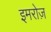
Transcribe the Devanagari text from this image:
इमरोज़